Treatise on elephants
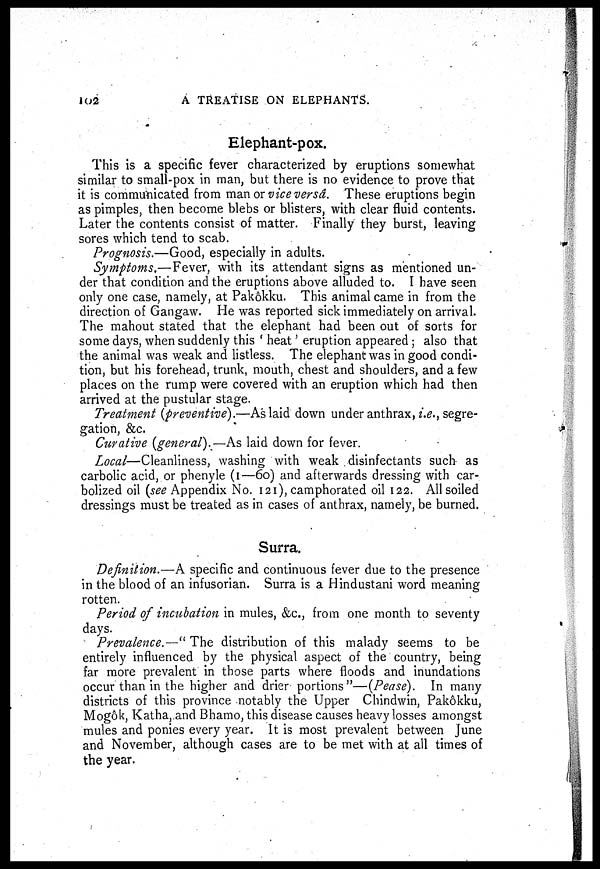
102
A TREATISE ON ELEPHANTS.
Elephant-pox.
This is a specific fever characterized by eruptions somewhat
similar to small-pox in man, but there is no evidence to prove that
it is communicated from man or vice versâ. These eruptions begin
as pimples, then become blebs or blisters, with clear fluid contents.
Later the contents consist of matter. Finally they burst, leaving
sores which tend to scab.
Prognosis.—Good, especially in adults.
Symptoms.—Fever, with its attendant signs as mentioned un-
der that condition and the eruptions above alluded to. I have seen
only one case, namely, at Pakôkku. This animal came in from the
direction of Gangaw. He was reported sick immediately on arrival.
The mahout stated that the elephant had been out of sorts for
some days, when suddenly this 'heat' eruption appeared; also that
the animal was weak and listless. The elephant was in good condi-
tion, but his forehead, trunk, mouth, chest and shoulders, and a few
places on the rump were covered with an eruption which had then
arrived at the pustular stage.
Treatment (preventive).—As laid down under anthrax, i.e., segre-
gation, &c.
Curative (general).—As laid down for fever.
Local—Cleanliness, washing with weak disinfectants such as
carbolic acid, or phenyle (1—60) and afterwards dressing with car-
bolized oil (see Appendix No. 121), camphorated oil 122. All soiled
dressings must be treated as in cases of anthrax, namely, be burned.
Surra.
Definition.—A specific and continuous fever due to the presence
in the blood of an infusorian. Surra is a Hindustani word meaning
rotten.
Period of incubation in mules, &c., from one month to seventy
days.
Prevalence.—"The distribution of this malady seems to be
entirely influenced by the physical aspect of the country, being
far more prevalent in those parts where floods and inundations
occur than in the higher and drier portions"—(Pease). In many
districts of this province notably the Upper Chindwin, Pakôkku,
Mogôk, Katha, and Bhamo, this disease causes heavy losses amongst
mules and ponies every year. It is most prevalent between June
and November, although cases are to be met with at all times of
the year.